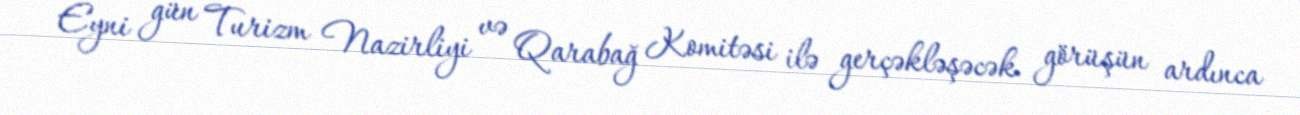
Eyni gün Turizm Nazirliyi və Qarabağ Komitəsi ilə gerçəkləşəcək görüşün ardınca